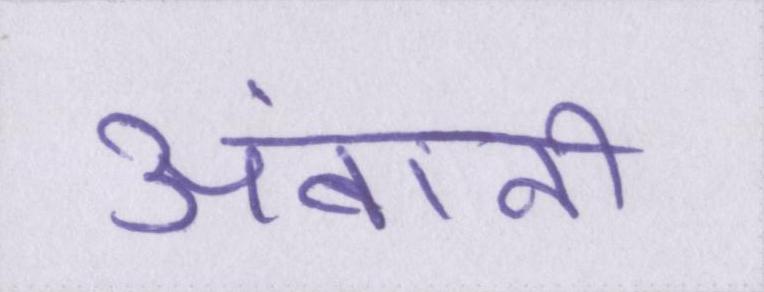
अंबानी